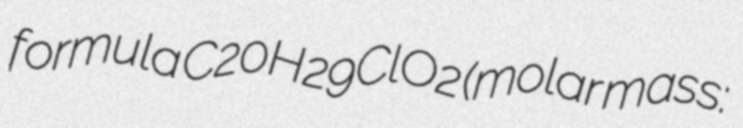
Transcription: formula C20H29ClO2 (molar mass: